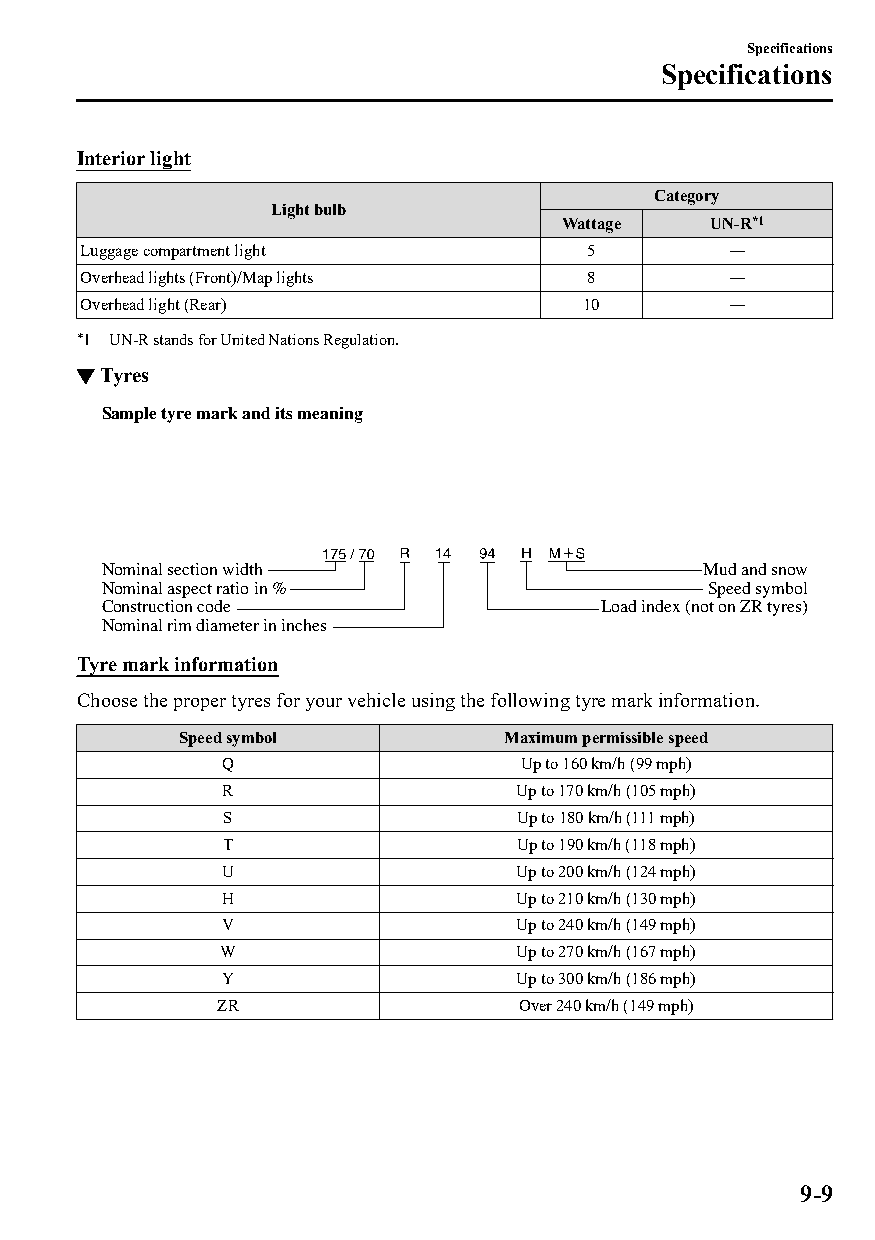
Specifications
 Specifications
 Interior light
 Category
 Light bulb
 Wattage   UN-R*1
 Luggage compartment light         5        ―
 Overhead lights (Front)/Map lights 8       ―
 Overhead light (Rear)            10        ―
 *1 UN-R stands for United Nations Regulation.
 ▼Tyres
 Sample tyre mark and its meaning
 Nominal section width                   Mud and snow
 Nominal aspect ratio in %                Speed symbol
 Construction code                 Load index (not on ZR tyres)
 Nominal rim diameter in inches
 Tyre mark information
 Choose the proper tyres for your vehicle using the following tyre mark information.
 Speed symbol         Maximum permissible speed
 Q                   Up to 160 km/h (99 mph)
 R                   Up to 170 km/h (105 mph)
 S                  Up to 180 km/h (111 mph)
 T                   Up to 190 km/h (118 mph)
 U                   Up to 200 km/h (124 mph)
 H                   Up to 210 km/h (130 mph)
 V                   Up to 240 km/h (149 mph)
 W                   Up to 270 km/h (167 mph)
 Y                   Up to 300 km/h (186 mph)
 ZR                  Over 240 km/h (149 mph)
 9-9
 CX-3_8GT4-EE-18D_Edition4                  2018-9-6 18:32:19